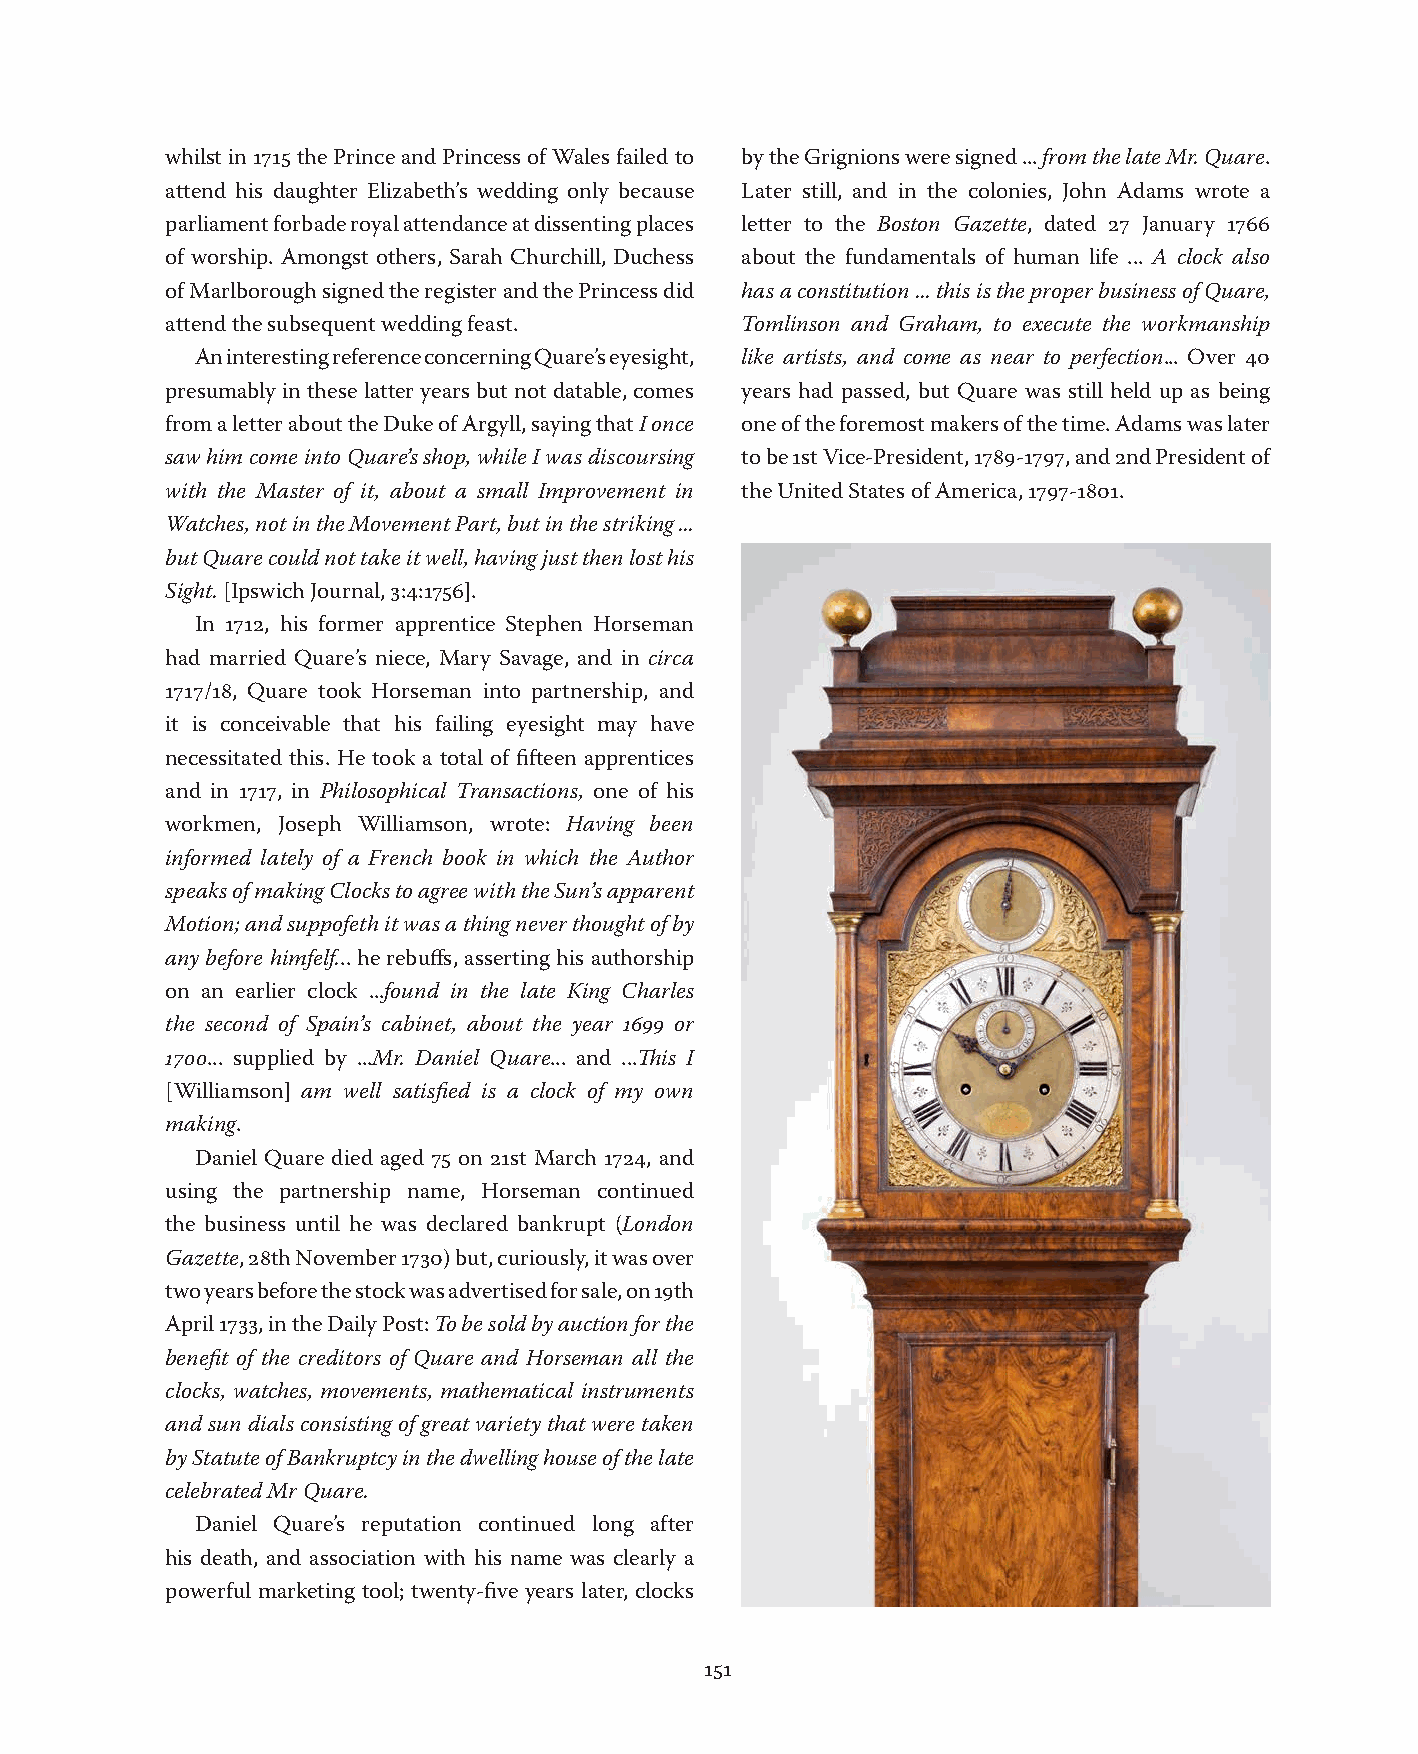
whilst in 1715 the Prince and Princess of Wales failed to by the Grignions were signed ... from the late Mr. Quare.
 attend his daughter Elizabeth’s wedding only because Later still, and in the colonies, John Adams wrote a
 parliament forbade royal attendance at dissenting places letter to the Boston Gazette, dated 27 January 1766
 of worship. Amongst others, Sarah Churchill, Duchess about the fundamentals of human life ... A clock also
 of Marlborough signed the register and the Princess did has a constitution ... this is the proper business of Quare,
 attend the subsequent wedding feast.  Tomlinson and Graham, to execute the workmanship
 An interesting reference concerning Quare’s eyesight, like artists, and come as near to perfection... Over 40
 presumably in these latter years but not datable, comes years had passed, but Quare was still held up as being
 from a letter about the Duke of Argyll, saying that I once one of the foremost makers of the time. Adams was later
 saw him come into Quare’s shop, while I was discoursing to be 1st Vice-President, 1789-1797, and 2nd President of
 with the Master of it, about a small Improvement in the United States of America, 1797-1801.
 Watches, not in the Movement Part, but in the striking ...
 but Quare could not take it well, having just then lost his
 Sight. [Ipswich Journal, 3:4:1756].
 In 1712, his former apprentice Stephen Horseman
 had married Quare’s niece, Mary Savage, and in circa
 1717/18, Quare took Horseman into partnership, and
 it is conceivable that his failing eyesight may have
 necessitated this. He took a total of fifteen apprentices
 and in 1717, in Philosophical Transactions, one of his
 workmen, Joseph Williamson, wrote: Having been
 informed lately of a French book in which the Author
 speaks of making Clocks to agree with the Sun’s apparent
 Motion; and suppofeth it was a thing never thought of by
 any before himfelf... he rebuffs, asserting his authorship
 on an earlier clock ...found in the late King Charles
 the second of Spain’s cabinet, about the year 1699 or
 1700... supplied by ...Mr. Daniel Quare... and ...This I
 [Williamson] am well satisfied is a clock of my own
 making.
 Daniel Quare died aged 75 on 21st March 1724, and
 using the partnership name, Horseman continued
 the business until he was declared bankrupt (London
 Gazette, 28th November 1730) but, curiously, it was over
 two years before the stock was advertised for sale, on 19th
 April 1733, in the Daily Post: To be sold by auction for the
 benefit of the creditors of Quare and Horseman all the
 clocks, watches, movements, mathematical instruments
 and sun dials consisting of great variety that were taken
 by Statute of Bankruptcy in the dwelling house of the late
 celebrated Mr Quare.
 Daniel Quare’s reputation continued long after
 his death, and association with his name was clearly a
 powerful marketing tool; twenty-five years later, clocks
 151